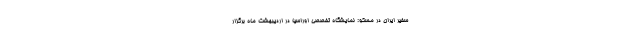
سفیر ایران در مسکو: نمایشگاه تخصصی اوراسیا در اردیبهشت ماه برگزار